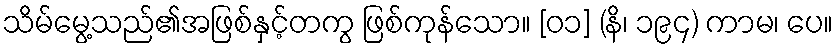
သိမ်မွေ့သည်၏အဖြစ်နှင့်တကွ ဖြစ်ကုန်သော။ [၀၁] (နိ၊ ၁၉၄) ကာမ၊ ပေ။